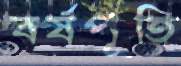
বর্ষপূতি